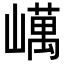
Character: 𡽇